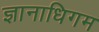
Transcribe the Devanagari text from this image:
ज्ञानाधिगम